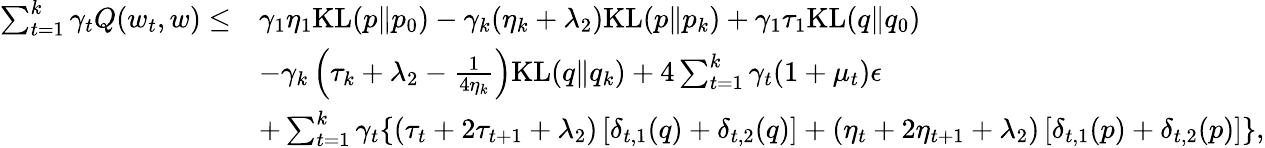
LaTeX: \begin{array}{rl}{\sum_{t=1}^{k}\gamma_{t}Q(w_{t},w)\leq}&{\gamma_{1}\eta_{1}\mathrm{KL}(p\| p_{0})-\gamma_{k}(\eta_{k}+\lambda_{2})\mathrm{KL}(p\| p_{k})+\gamma_{1}\tau_{1}\mathrm{KL}(q\| q_{0})}\\ &{-\gamma_{k}\left(\tau_{k}+\lambda_{2}-\frac{1}{4\eta_{k}}\right)\mathrm{KL}(q\| q_{k})+4\sum_{t=1}^{k}\gamma_{t}(1+\mu_{t})\epsilon}\\ &{+\sum_{t=1}^{k}\gamma_{t}\{ (\tau_{t}+2\tau_{t+1}+\lambda_{2})\left[\delta_{t,1}(q)+\delta_{t,2}(q)\right]+(\eta_{t}+2\eta_{t+1}+\lambda_{2})\left[\delta_{t,1}(p)+\delta_{t,2}(p)\right]\} ,}\end{array}